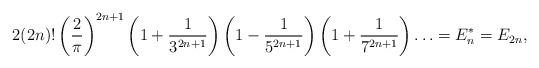
LaTeX: \begin{align*}2(2n)!\left(\frac{2}{\pi}\right)^{2n+1}\left(1+\frac{1}{3^{2n+1}}\right)\left(1-\frac{1}{5^{2n+1}}\right)\left(1+\frac{1}{7^{2n+1}}\right)\ldots= E_n^* = E_{2n},\end{align*}